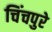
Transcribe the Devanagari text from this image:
चिंचपुरे